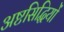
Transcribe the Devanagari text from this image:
अष्टसिद्धियों